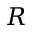
R